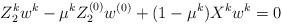
LaTeX: \begin{align*} Z_2 ^k w^k-\mu^k Z_2^{(0)}w^{(0)}+(1-\mu^k)X^k w^k=0\end{align*}